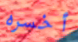
أخسره